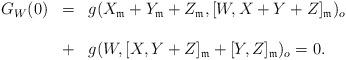
LaTeX: \begin{align*} \begin{array}{lll} G_W(0)&=&g(X_{\frak{m}}+Y_{\frak{m}}+Z_{\frak{m}},[W, X+Y+Z]_{\frak{m}})_o\ \\\\&+&g(W,[X, Y+Z]_{\frak{m}}+[Y, Z]_{\frak{m}})_o=0.\end{array}\end{align*}